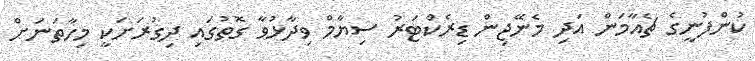
ކުންފުނީގެ ޗެއާމަން އަދި މެނޭޖިން ޑިރެކްޓަރު ސިޔާމް ވިދާޅުވާ ގޮތުގައި ދިގުރަށަކީ މިހާތަނަށް